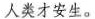
人类才安生。